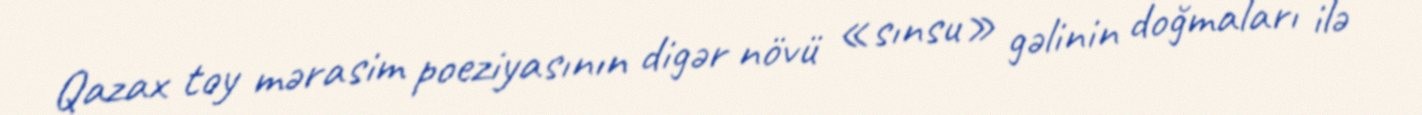
Qazax toy mərasim poeziyasının digər növü «sınsu» gəlinin doğmaları ilə